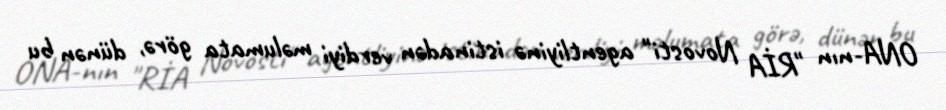
ONA-nın "RİA Novosti" agentliyinə istinadən verdiyi məlumata görə, dünən bu